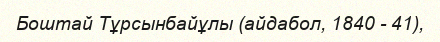
Боштай Тұрсынбайұлы (айдабол, 1840 - 41),